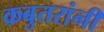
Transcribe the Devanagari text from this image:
कबुतरांनी